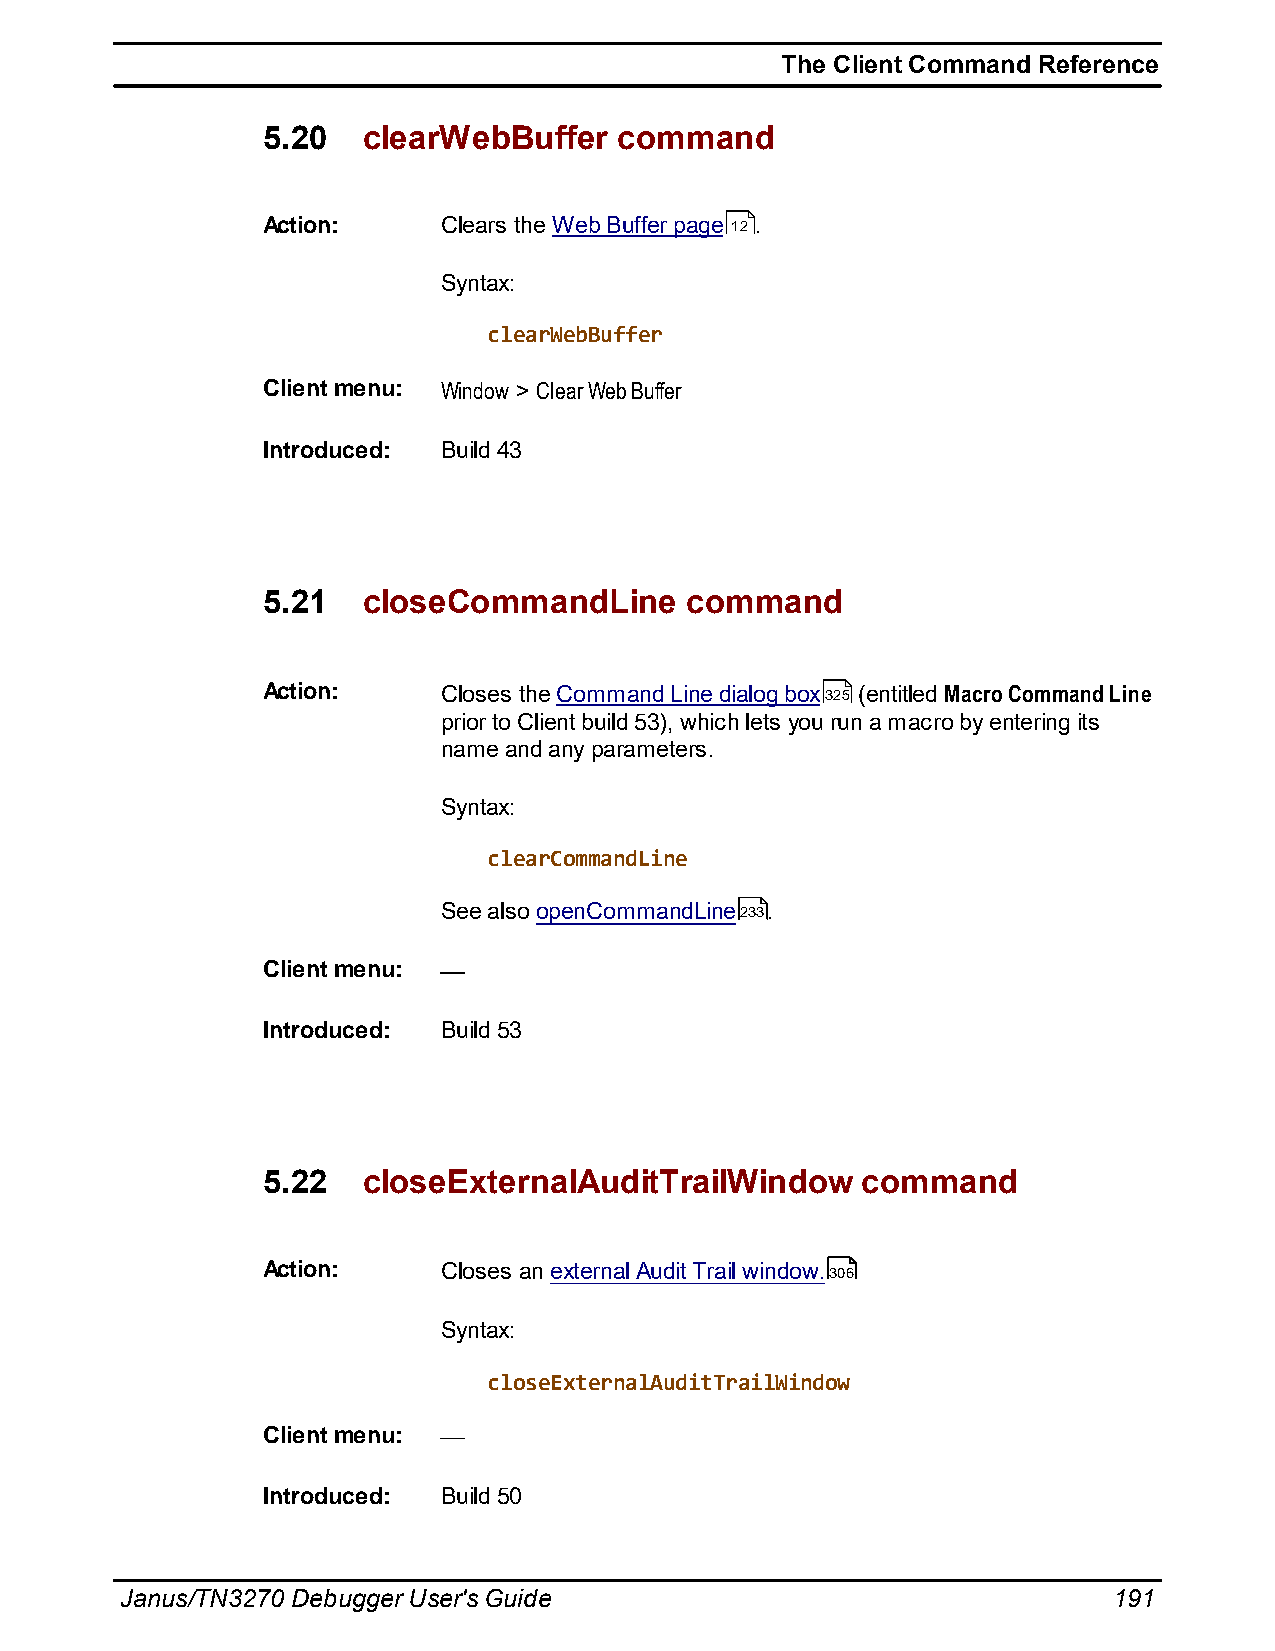
The Client Command Reference
 5.20   clearWebBuffer   command
 Action:     Clears the Web Buffer page 12 .
 Syntax:
 clearWebBuffer
 Client menu: Window > Clear Web Buffer
 Introduced: Build 43
 5.21   closeCommandLine     command
 Action:     Closes the Command Line dialog box325 (entitled Macro Command Line
 prior to Client build 53), which lets you run a macro by entering its
 name and any parameters.
 Syntax:
 clearCommandLine
 See also openCommandLine233.
 Client menu:
 Introduced: Build 53
 5.22   closeExternalAuditTrailWindow    command
 Action:     Closes an external Audit Trail window.306
 Syntax:
 closeExternalAuditTrailWindow
 Client menu:
 Introduced: Build 50
 Janus/TN3270 Debugger User's Guide                                191